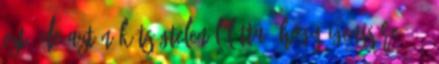
ezt. De aztán kétségtelenül látta, hogy igenis reá, ő